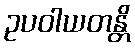
ဥပဝါယတန္တိ